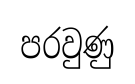
පරවුණු